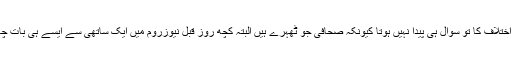
آپ سے اختلاف کا تو سوال ہی پیدا نہیں ہوتا کیونکہ صحافی جو ٹھہرے ہیں البتہ کچھ روز قبل نیوزروم میں ایک ساتھی سے ایسے ہی بات چھڑ گئی ۔